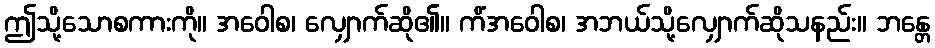
ဤသို့သောစကားကို။ အဝေါစ၊ လျှောက်ဆို၏။ ကိံအဝေါစ၊ အဘယ်သို့လျှောက်ဆိုသနည်း။ ဘန္တေ